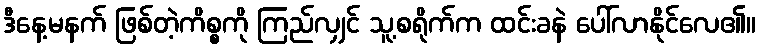
ဒီနေ့မနက် ဖြစ်တဲ့ကိစ္စကို ကြည်လျှင် သူ့စရိုက်က ထင်းခနဲ ပေါ်လာနိုင်လေ၏။